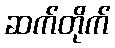
ဆက်တိုက်